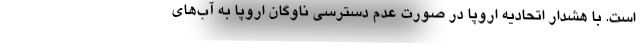
است. با هشدار اتحادیه اروپا در صورت عدم دسترسی ناوگان اروپا به آب‌های